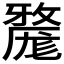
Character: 𱚮